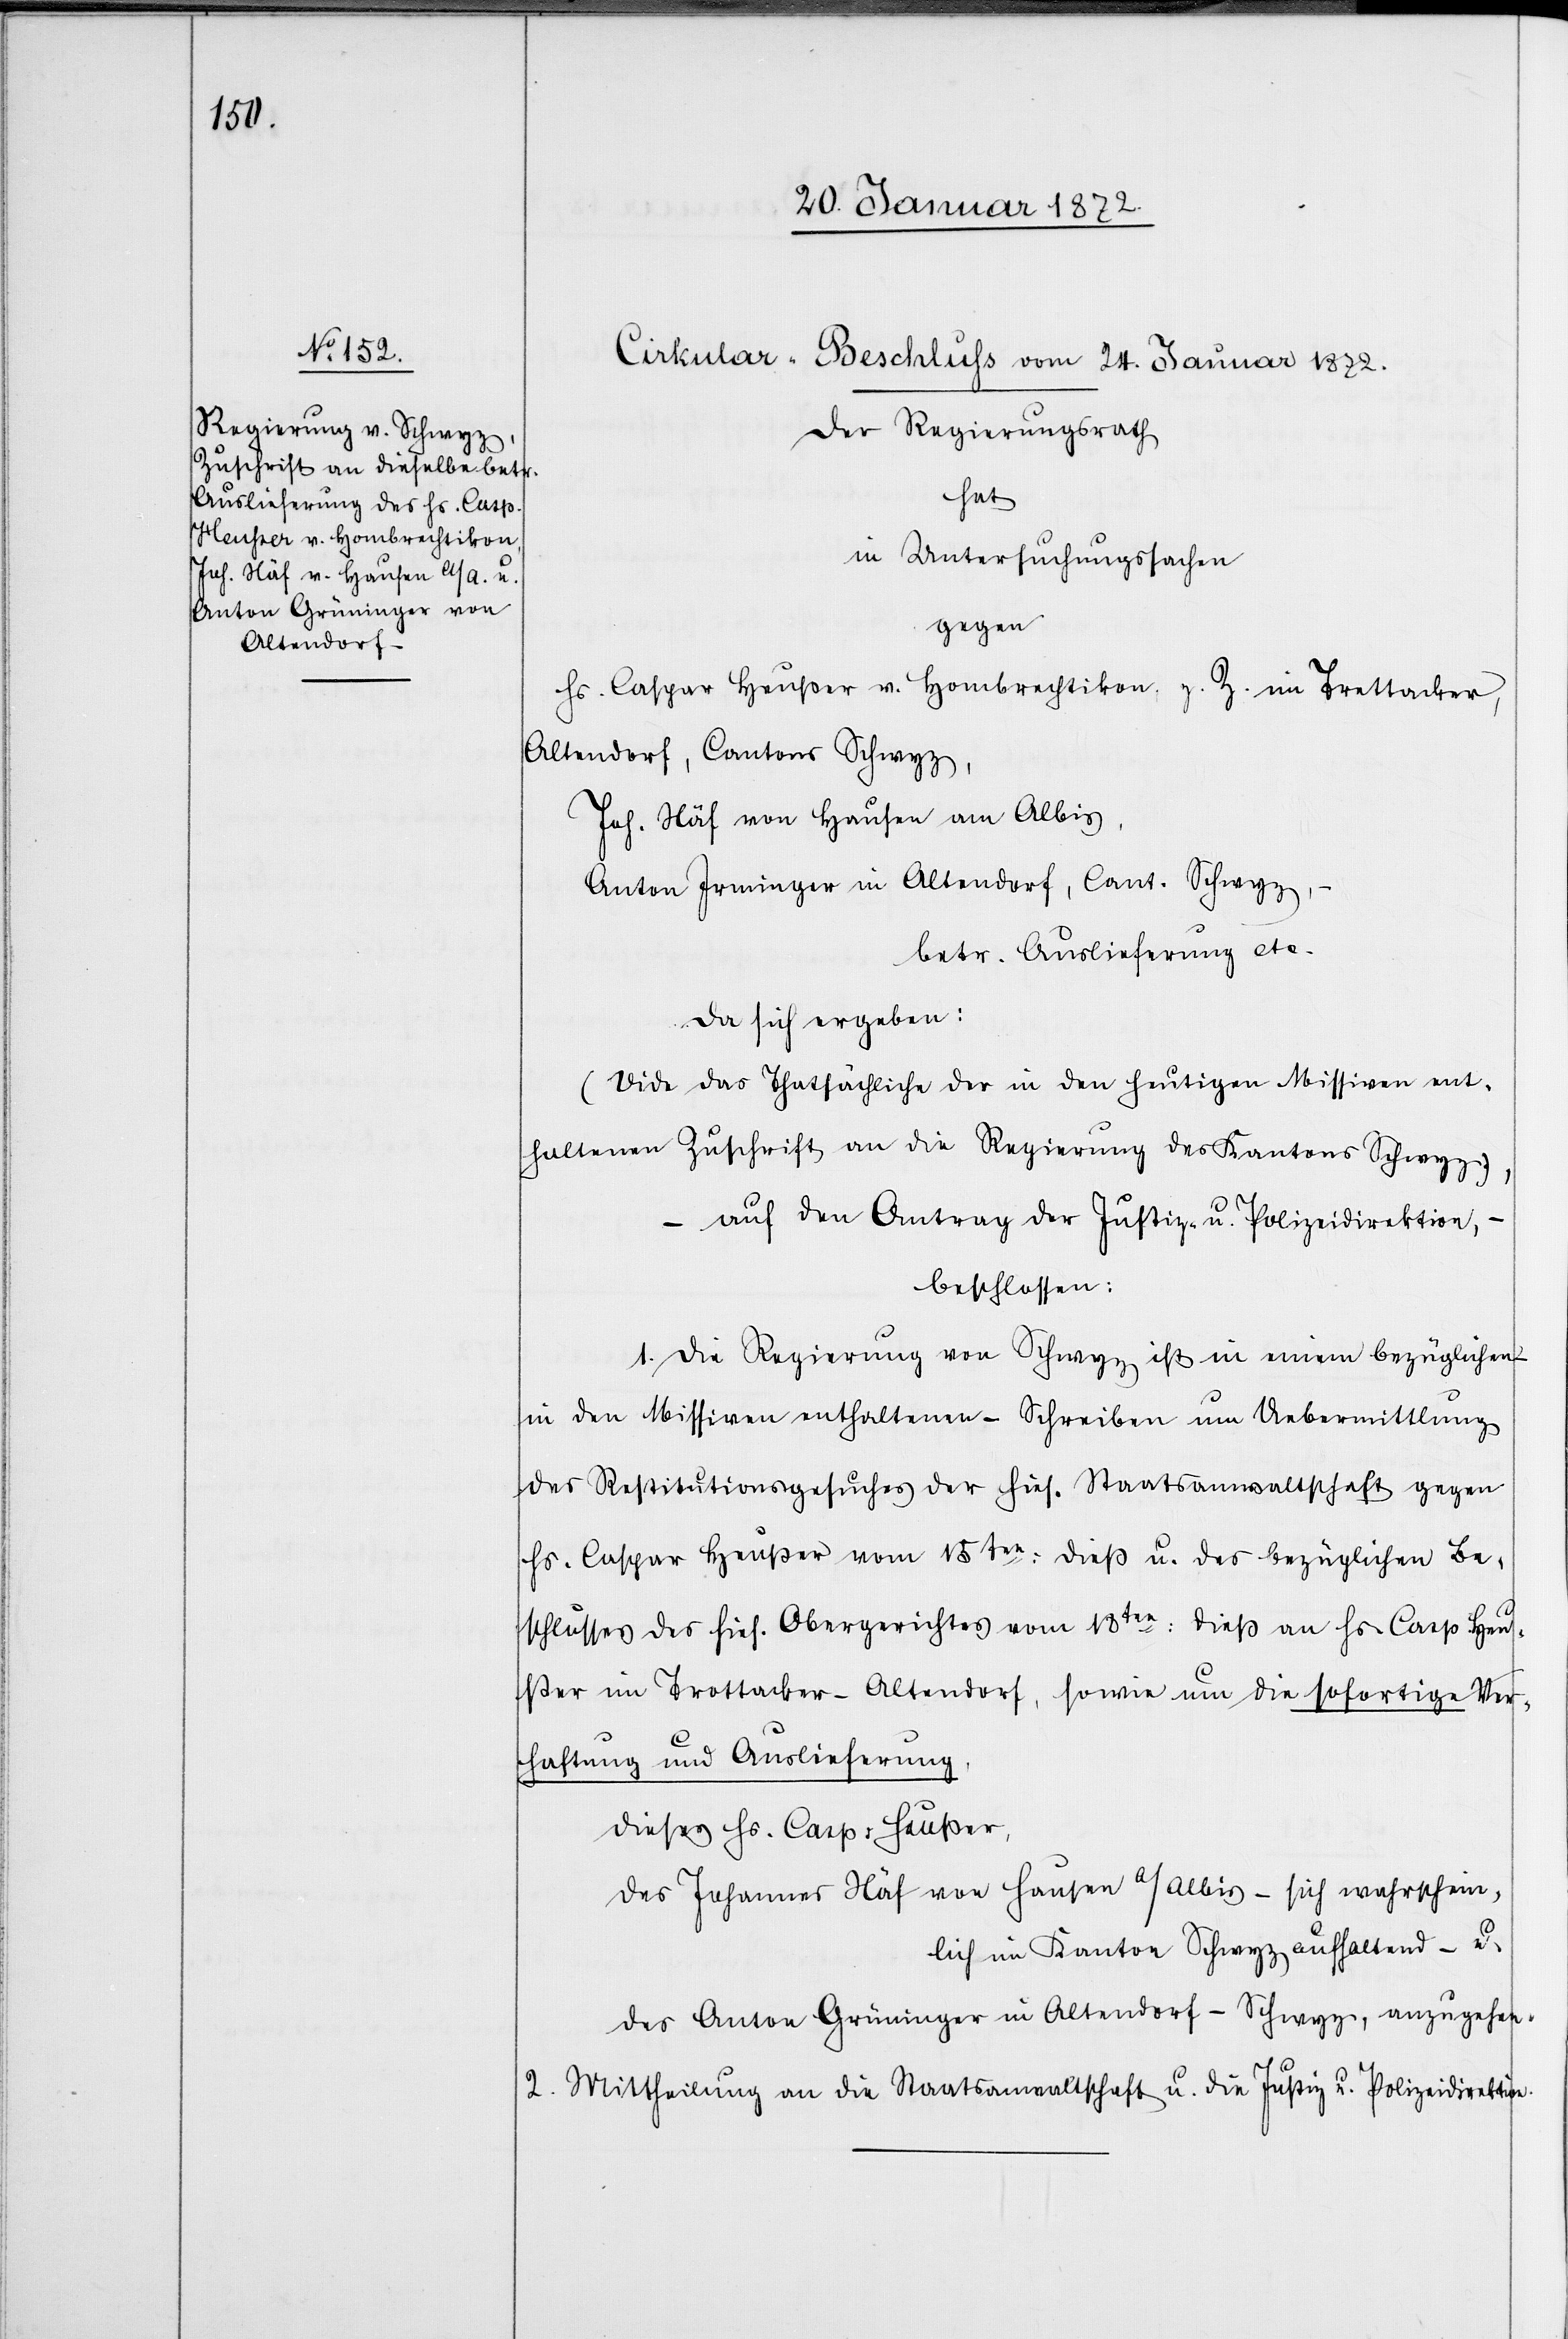
Cirkular-B¬
eschluss vom 24. Januar 1872.
Der Regierungsrath
hat
in Untersuchungssachen
gegen
Hs. Caspar Heußer v. Hombrechtikon, z. Z. im Trottacker,
Altendorf, Cantons Schwyz,
Joh. Näf von Hausen am Albis,
Anton Irminger in Altendorf, Cant. Schwyz,
betr. Auslieferung etc.
da sich ergeben:
(Vide das Thatsächliche der in den heutigen Missiven ent¬
haltenen Zuschrift an die Regierung des Kantons Schwyz),
– auf den Antrag der Justiz- u. Polizeidirektion,
beschlossen:
1. Die Regierung von Schwyz ist in einem bezüglichen
in den Missiven enthaltenen – Schreiben um Uebermittlung
des Restitutionsgesuches der hies. Staatsanwaltschaft gegen
Hs. Caspar Heußer vom 15ten: dieß u. des bezüglichen Be¬
schlusses des hies. Obergerichtes vom 18ten: dieß an Hs. Casp. Heu¬
ßer im Trottacker – Altendorf, sowie um die sofortige Ver¬
haftung und Auslieferung,
dieses Hs. Casp. Heußer,
des Johannes Näf von Hausen a/Albis – sich wahrschein¬
lich im Kanton Schwyz aufhaltend – u.
des Anton Grüninger in Altendorf – Schwyz, anzugehen.
2. Mittheilung an die Staatsanwaltschaft u. die Justiz u. Polizeidirektion.